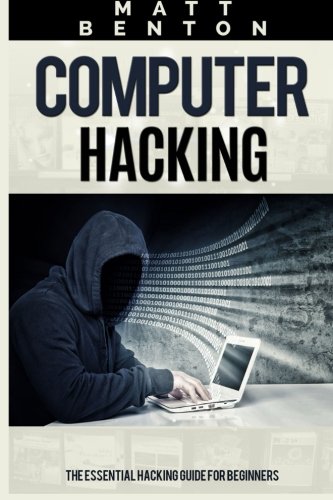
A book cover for Computer Hacking: The Essential Hacking Guide for Beginners ( Hacking, How to Hack,  Hacking 101, Hacking for dummies, Hacking Guide,  internet ... how to hack, hacking free guide) (Volume 1); Matt Benton; Computers & Technology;